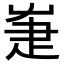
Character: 𤴗